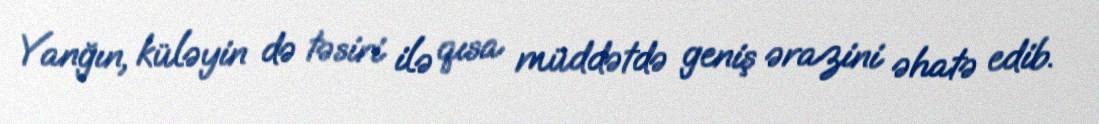
Yanğın, küləyin də təsiri ilə qısa müddətdə geniş ərazini əhatə edib.